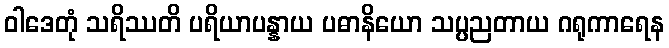
ဝါဒေတုံ သရိဿတိ ပရိယာပန္နာယ ပဓာနိယော သပ္ပညတာယ ဂရုကာရေန